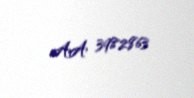
AA 3982863